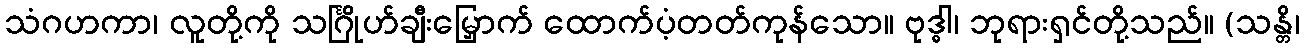
သံဂဟကာ၊ လူတို့ကို သင်္ဂြိုဟ်ချီးမြှောက် ထောက်ပံ့တတ်ကုန်သော။ ဗုဒ္ဓါ၊ ဘုရားရှင်တို့သည်။ (သန္တိ၊